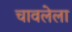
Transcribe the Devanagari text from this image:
चावलेला